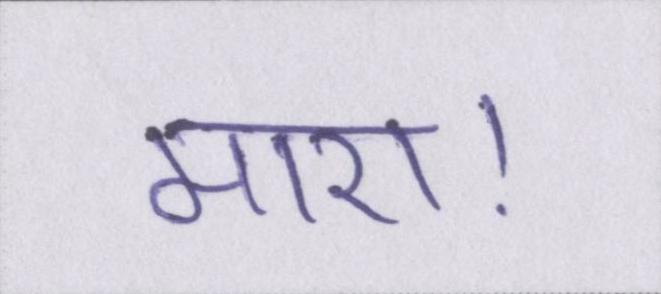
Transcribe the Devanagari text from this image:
मारा।